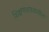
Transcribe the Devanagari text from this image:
शिक्षणशास्त्रातील